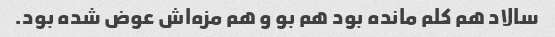
سالاد هم کلم مانده بود هم بو و هم مزه‌اش عوض شده بود.